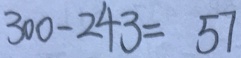
3 0 0 - 2 4 3 = 5 7